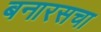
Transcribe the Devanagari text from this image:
बनारसचा